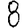
Digit: 8